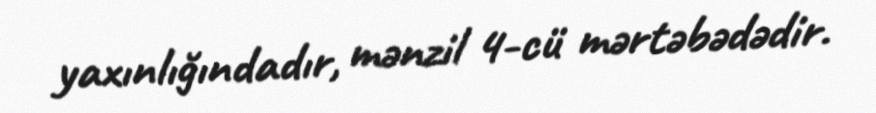
yaxınlığındadır, mənzil 4-cü mərtəbədədir.